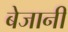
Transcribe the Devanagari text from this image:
बेजानी